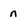
Character: n